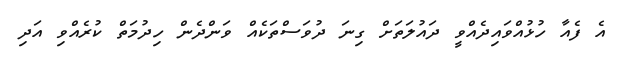
އެ ފެއާ ހުޅުއްވައިދެއްވީ ދައުލަތަށް ގިނަ ދުވަސްތަކެއް ވަންދެން ހިދުމަތް ކުރެއްވި އަދި